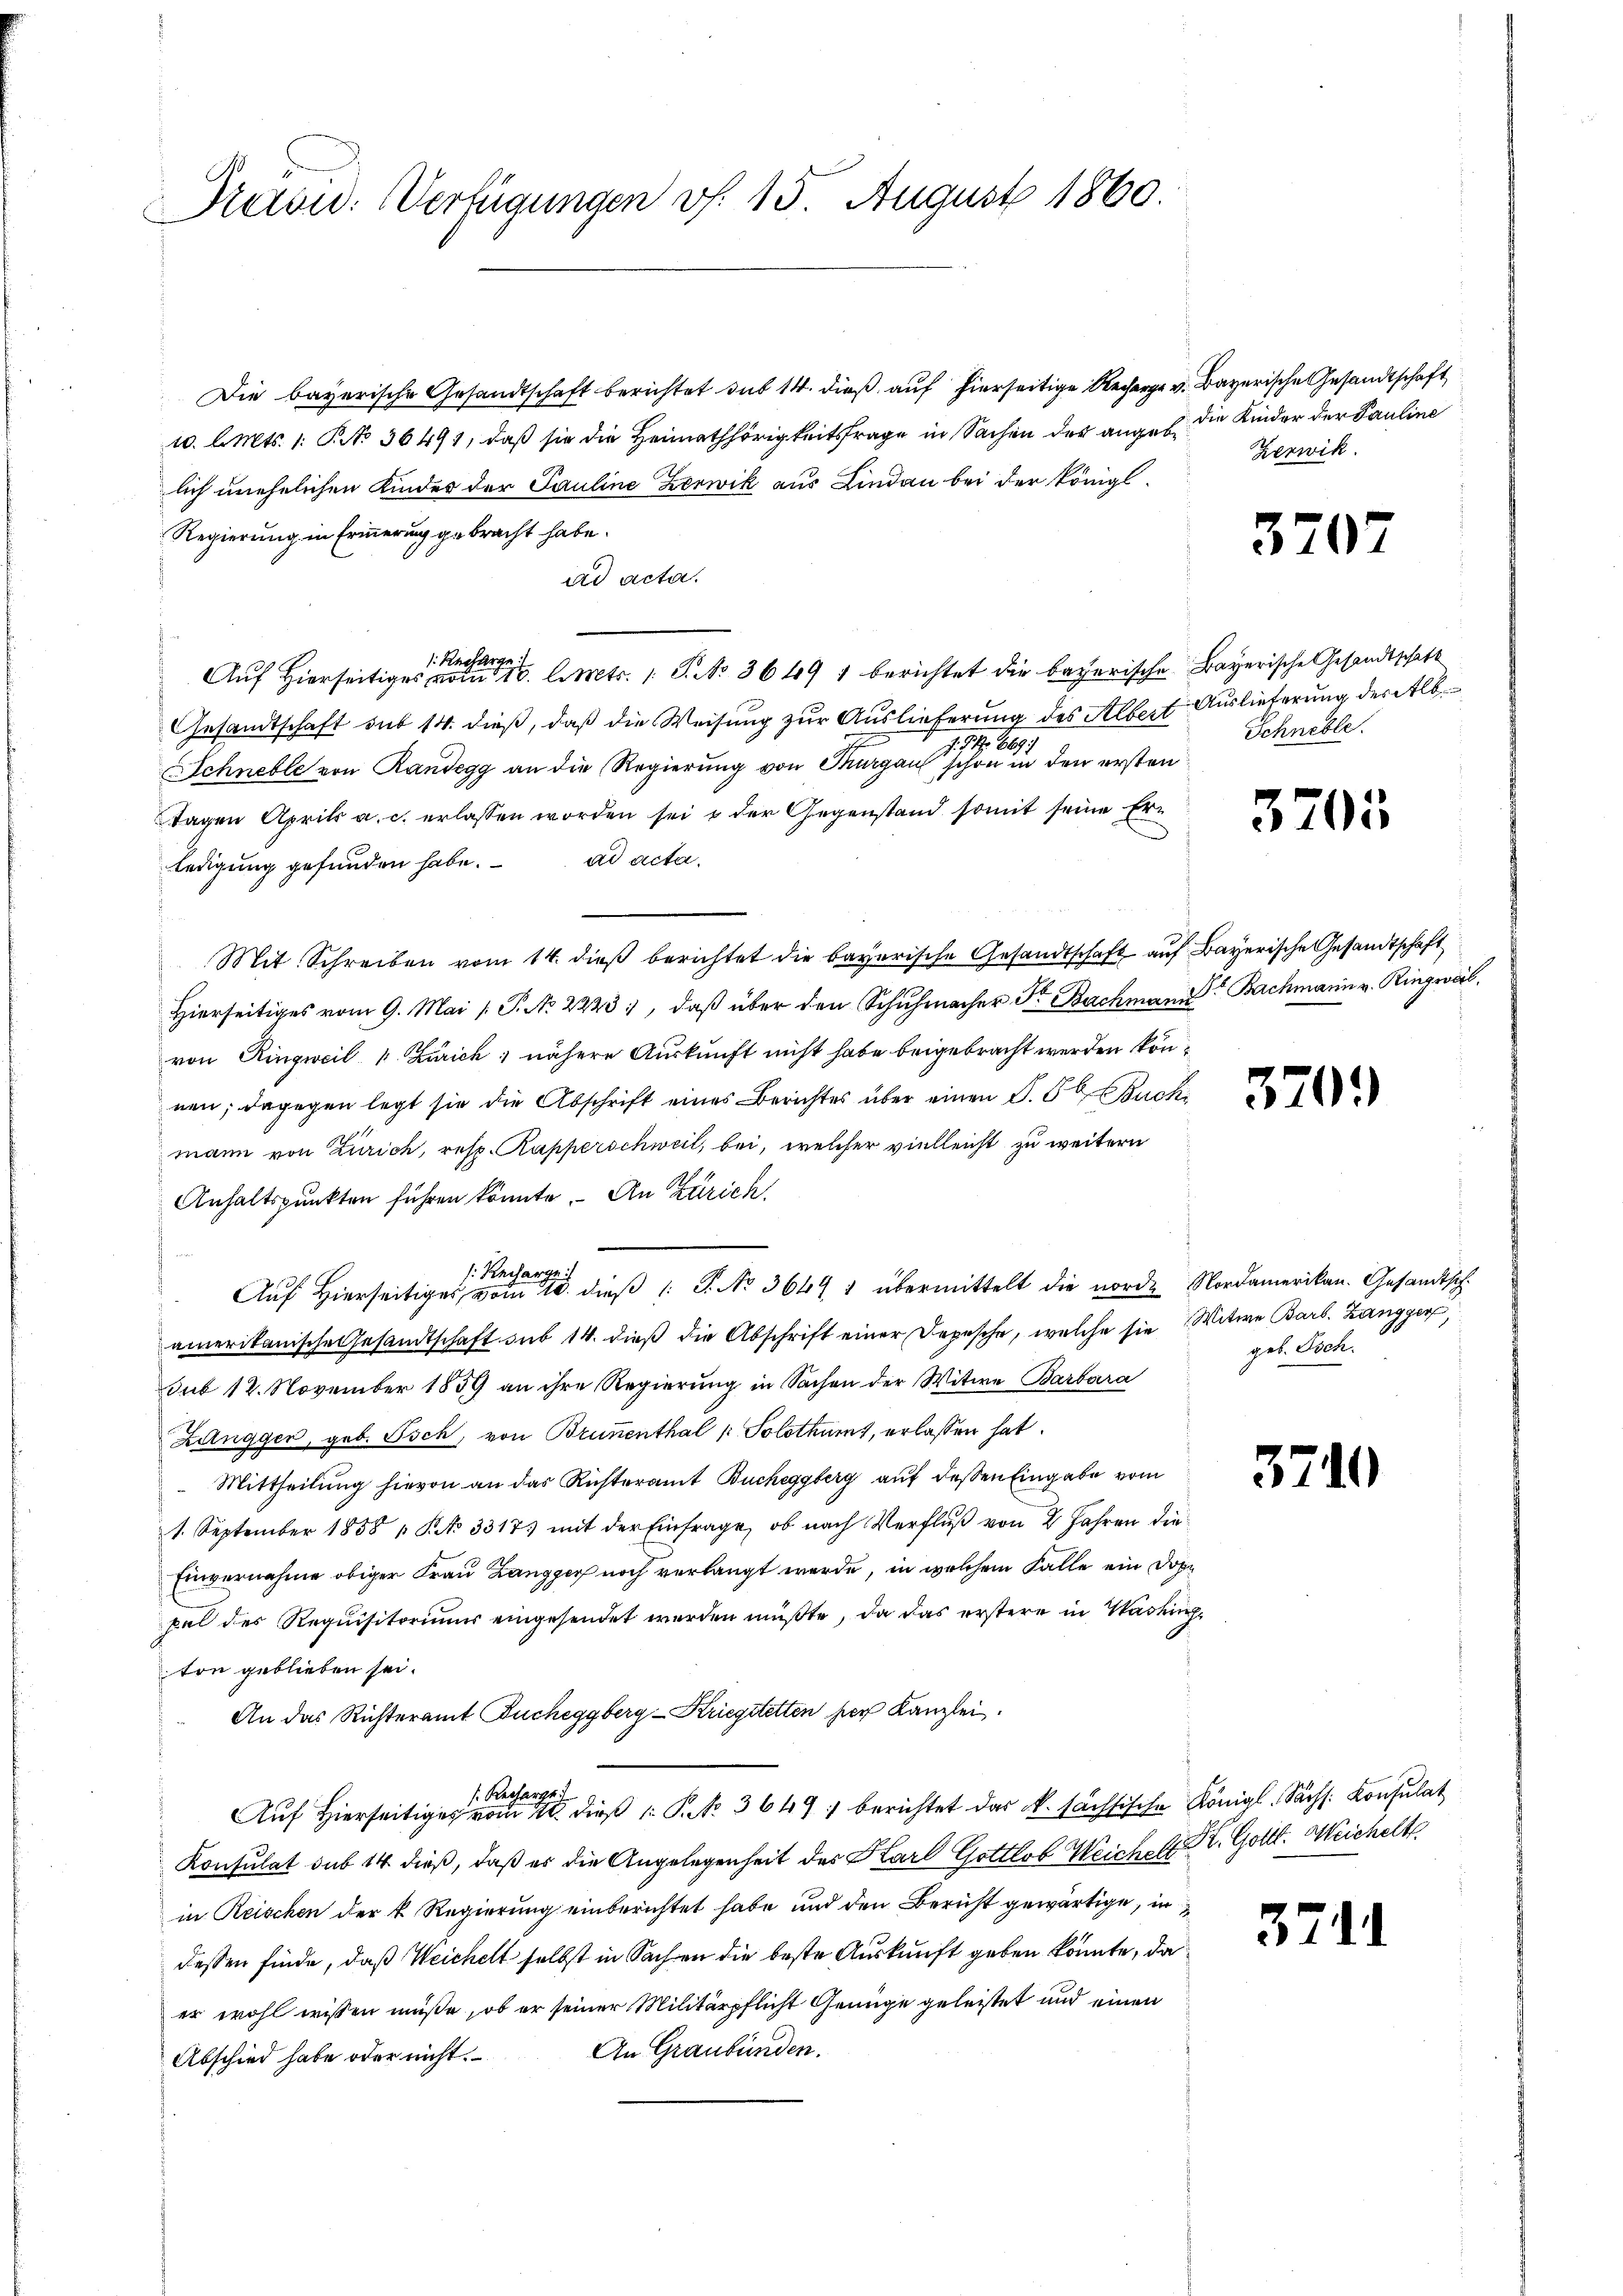
Previd. Verfügungen v. 15. August 1860.

Die bayerische Gesandtschaft berichtet sub 14. dieß auf hierseitige Recher v. Bayerische Gesandtschaft
10. l. Mts. 1. No. 36491, daß sie die Heimathörigkeitsfrage in Sachen der anges die Kinder der Pauline
lich unehelichen Kinder der Pauline Zerwik aus Lindau bei der Königl.
Regierung in Erinnerung gebracht habe.
ad acta.
: Recharge
Auf Hierseitiges vom 16. l. Mts. 1. P. No. 3649 1 berichtet die bayerische Bayerische Gesandtschaft
Gesandtschaft sub 14. dieß, daß die Weisung zur Auslieferung des Albert Auslieferung der Alb
. 669
Schnelle von Randegg an die Regierung von Thurgau schon in den ersten
Tagen April a. c. erlassen worden sei & der Gegenstand somit seine Erledigung gefunden habe. ad acta.
Mit Schreiben vom 14. dieß berichtet die bayerische Gesandtschaft auf Bayerische Gesandtschaft
Hierseitiges vom 9. Mai / P. No. 2223, daβ über den Schŭhmacher Fr. Bachmann Bachmann v. Ringweil,
von Ringweil v. Zürich; nähere Auskunft nicht habe beigebracht werden können; dagegen legt sie die Abschrift eines Berichtes über einen S. B. Buch
mann von Zürich, resp. Kapperschweil, bei, welcher vielleicht zu weitern
Anhaltspunkten führen könnte. An Zürich,
¬
s. Rech
Auf Hierseitiger, vom 10. dieß 1 S. No 36491 übermittelt die norde Nordamerikan. Gesandtsch.
amerikanische Gesandtschaft sub 14. dieß die Abschrift einer Depesche, welche sie Witwe Barb. Zangger,
sub 12. November 1859 an ihre Regierung in Sachen der Witwe Barbara
Langger, geb. Tsch, von Brunenthal u Solothurt, erlassen hat.
 Mittheilung hievon an das Richteramt Bucheggberg auf deßen Eingabe vom
1. September 1858 § NNo. 3317) mit der Einfrage, ob nach Verfluß von 2 Jahren die¬
Einvernahme obiger Frau Zangger noch verlangt werde, in welchem Falle ein Doppel des Requisitorium eingesendet werden müßte, da das erstere in Vasküchton geblieben sei.
An das Richteramt Bucheggberg-Kriegstetten her Kanzlei.
s. Recharge
Auf hierseitiges vom 10. dieβ (: P. Nr. 3649) berichtet das k. sächsische Königl. Sächs. Konsulat
Konsulat sub 14 dieß, daß es die Angelegenheit des Karl Gottlob Weiche G. Kr. Gottl. Weichelt
in Reischen der k. Regierung einberichtet habe und den Bericht gewärtige, in
dessen finde, daß Weichelt selbst in Sachen die beste Auskunft geben könnte, da
er wohl wissen müße, ob er seiner Militärpflicht Genüge geleistet und einen
Abschied habe oder nicht. An Graubünden.

Zeswik.

3707

Schnelle.

3705

370.

geb. Tsch.

3749

37

.